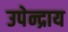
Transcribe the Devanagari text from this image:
उपेन्द्राय